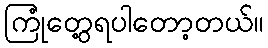
ကြုံတွေ့ရပါတော့တယ်။